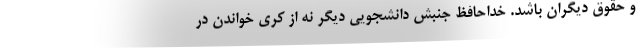
و حقوق دیگران باشد. خداحافظ جنبش دانشجویی دیگر نه از کری خواندن‌ در